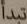
تبدأ